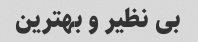
بی نظیر و بهترین